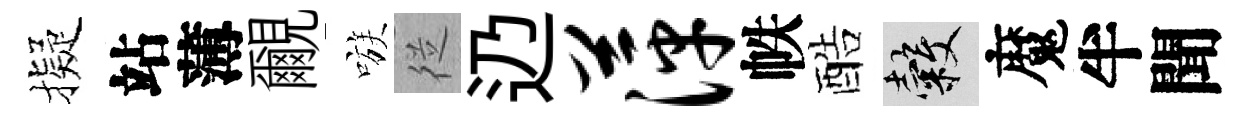
擬站薄覼嗾従辸萍帙酷穀魔半聞